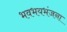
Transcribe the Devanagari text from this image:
भवभयभंजना